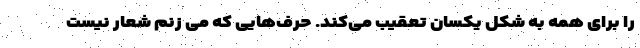
را برای همه به شکل یکسان تعقیب می‌کند. حرف‌هایی که می زنم شعار نیست